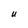
Character: U